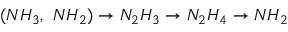
( N H _ { 3 } , \ N H _ { 2 } ) \rightarrow N _ { 2 } H _ { 3 } \rightarrow N _ { 2 } H _ { 4 } \rightarrow N H _ { 2 }